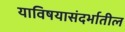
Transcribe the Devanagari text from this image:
याविषयासंदर्भातील